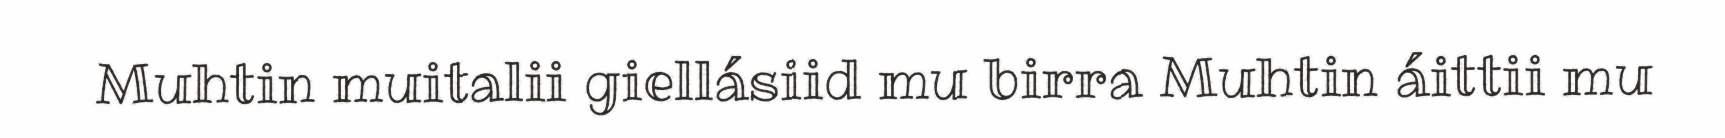
Muhtin muitalii giellásiid mu birra Muhtin áittii mu